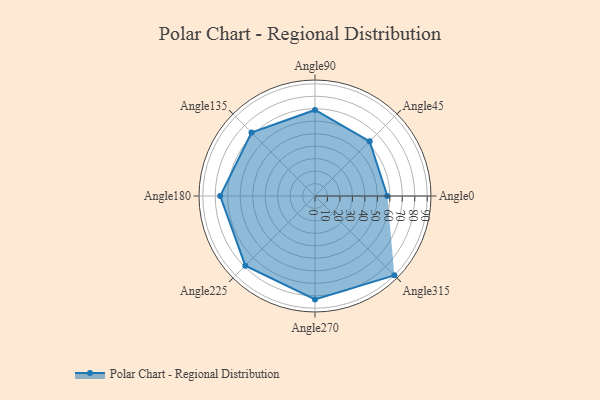
{"axis": {"x": "Angle", "y": "Radius"}, "legend": [""], "data": [{"x": "Angle0", "y": 58.0, "type": ""}, {"x": "Angle45", "y": 62.0, "type": ""}, {"x": "Angle90", "y": 69.0, "type": ""}, {"x": "Angle135", "y": 72.0, "type": ""}, {"x": "Angle180", "y": 76.0, "type": ""}, {"x": "Angle225", "y": 79.0, "type": ""}, {"x": "Angle270", "y": 83.0, "type": ""}, {"x": "Angle315", "y": 90.0, "type": ""}]}